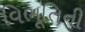
વિભૂતિની